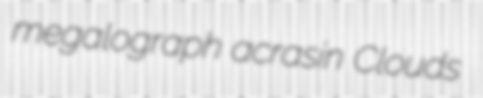
megalograph acrasin Clouds